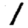
Digit: 1